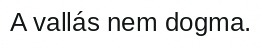
A vallás nem dogma.